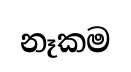
නෑකම